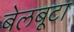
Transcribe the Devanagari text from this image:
बेलबूटा